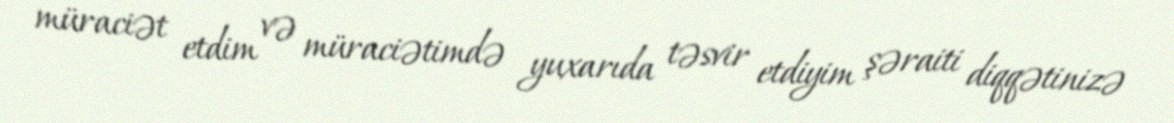
müraciət etdim və müraciətimdə yuxarıda təsvir etdiyim şəraiti diqqətinizə